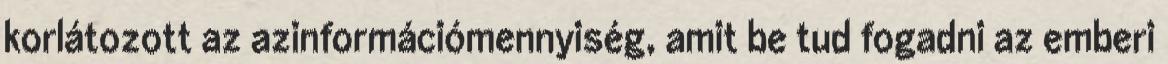
korlátozott az azinformációmennyiség, amit be tud fogadni az emberi